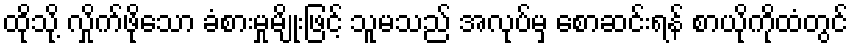
ထိုသို့ လှိုက်ဖိုသော ခံစားမှုမျိုးဖြင့် သူမသည် အလုပ်မှ စောဆင်းရန် စာယိုကိုထံတွင်